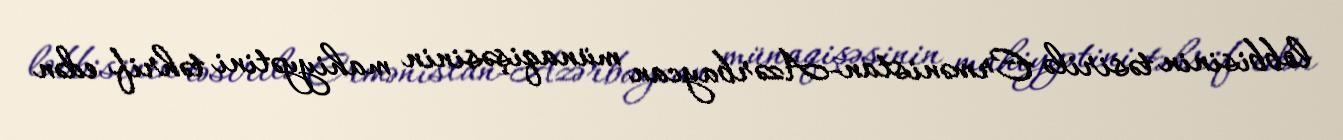
lobbisinin təsirilə Ermənistan-Azərbaycan münaqişəsinin mahiyyətini təhrif edən